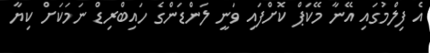
އެ ފިލްމުގައި އޭނާ މޭކަޕް ކޮށްފައި ވަނީ ލަންޑަންގެ ހައިބްރިޑް ނަމަކަށް ކިޔާ